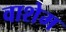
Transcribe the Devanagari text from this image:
वाशेम